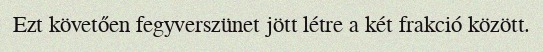
Ezt követően fegyverszünet jött létre a két frakció között.